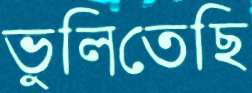
ভুলিতেছি